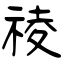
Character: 祾